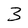
Character: 3